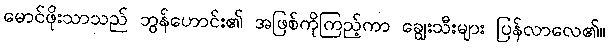
မောင်ဖိုးသာသည် ဘွန်ဟောင်း၏ အဖြစ်ကိုကြည့်ကာ ချွေးသီးများ ပြန်လာလေ၏။